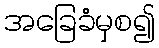
အခြေခံမှစ၍